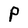
Character: P